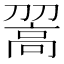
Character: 𩫉